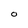
Character: O